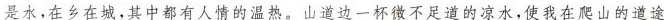
是水，在乡在城，其中都有人情的温执。山道边一杯微不足道的凉水，使我在爬山的道途